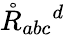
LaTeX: \mathring{R}_{abc}{}^{d}